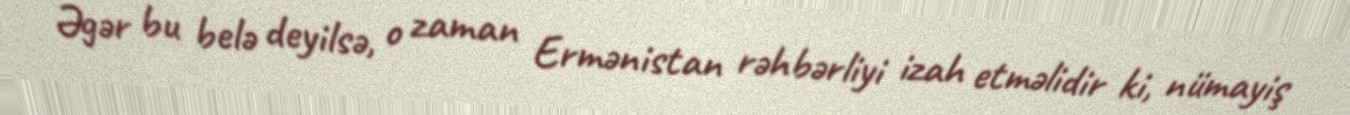
Əgər bu belə deyilsə, o zaman Ermənistan rəhbərliyi izah etməlidir ki, nümayiş